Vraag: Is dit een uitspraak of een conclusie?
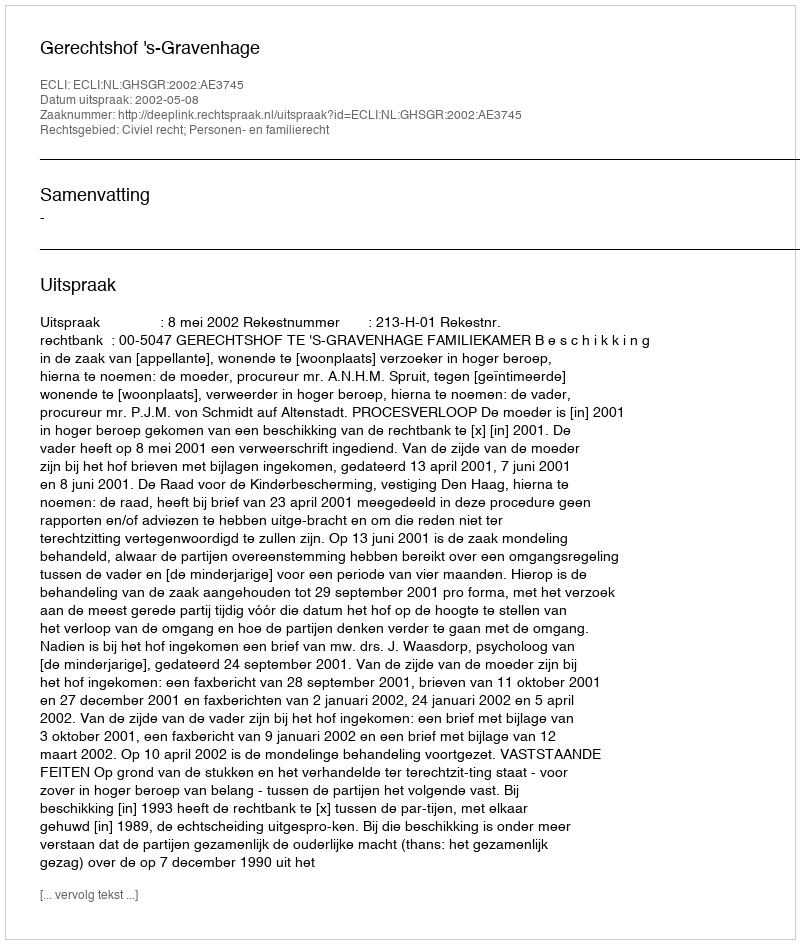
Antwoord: Uitspraak